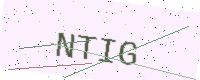
Text: NTIG